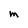
Character: M